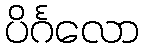
ပိင်္ဂလော